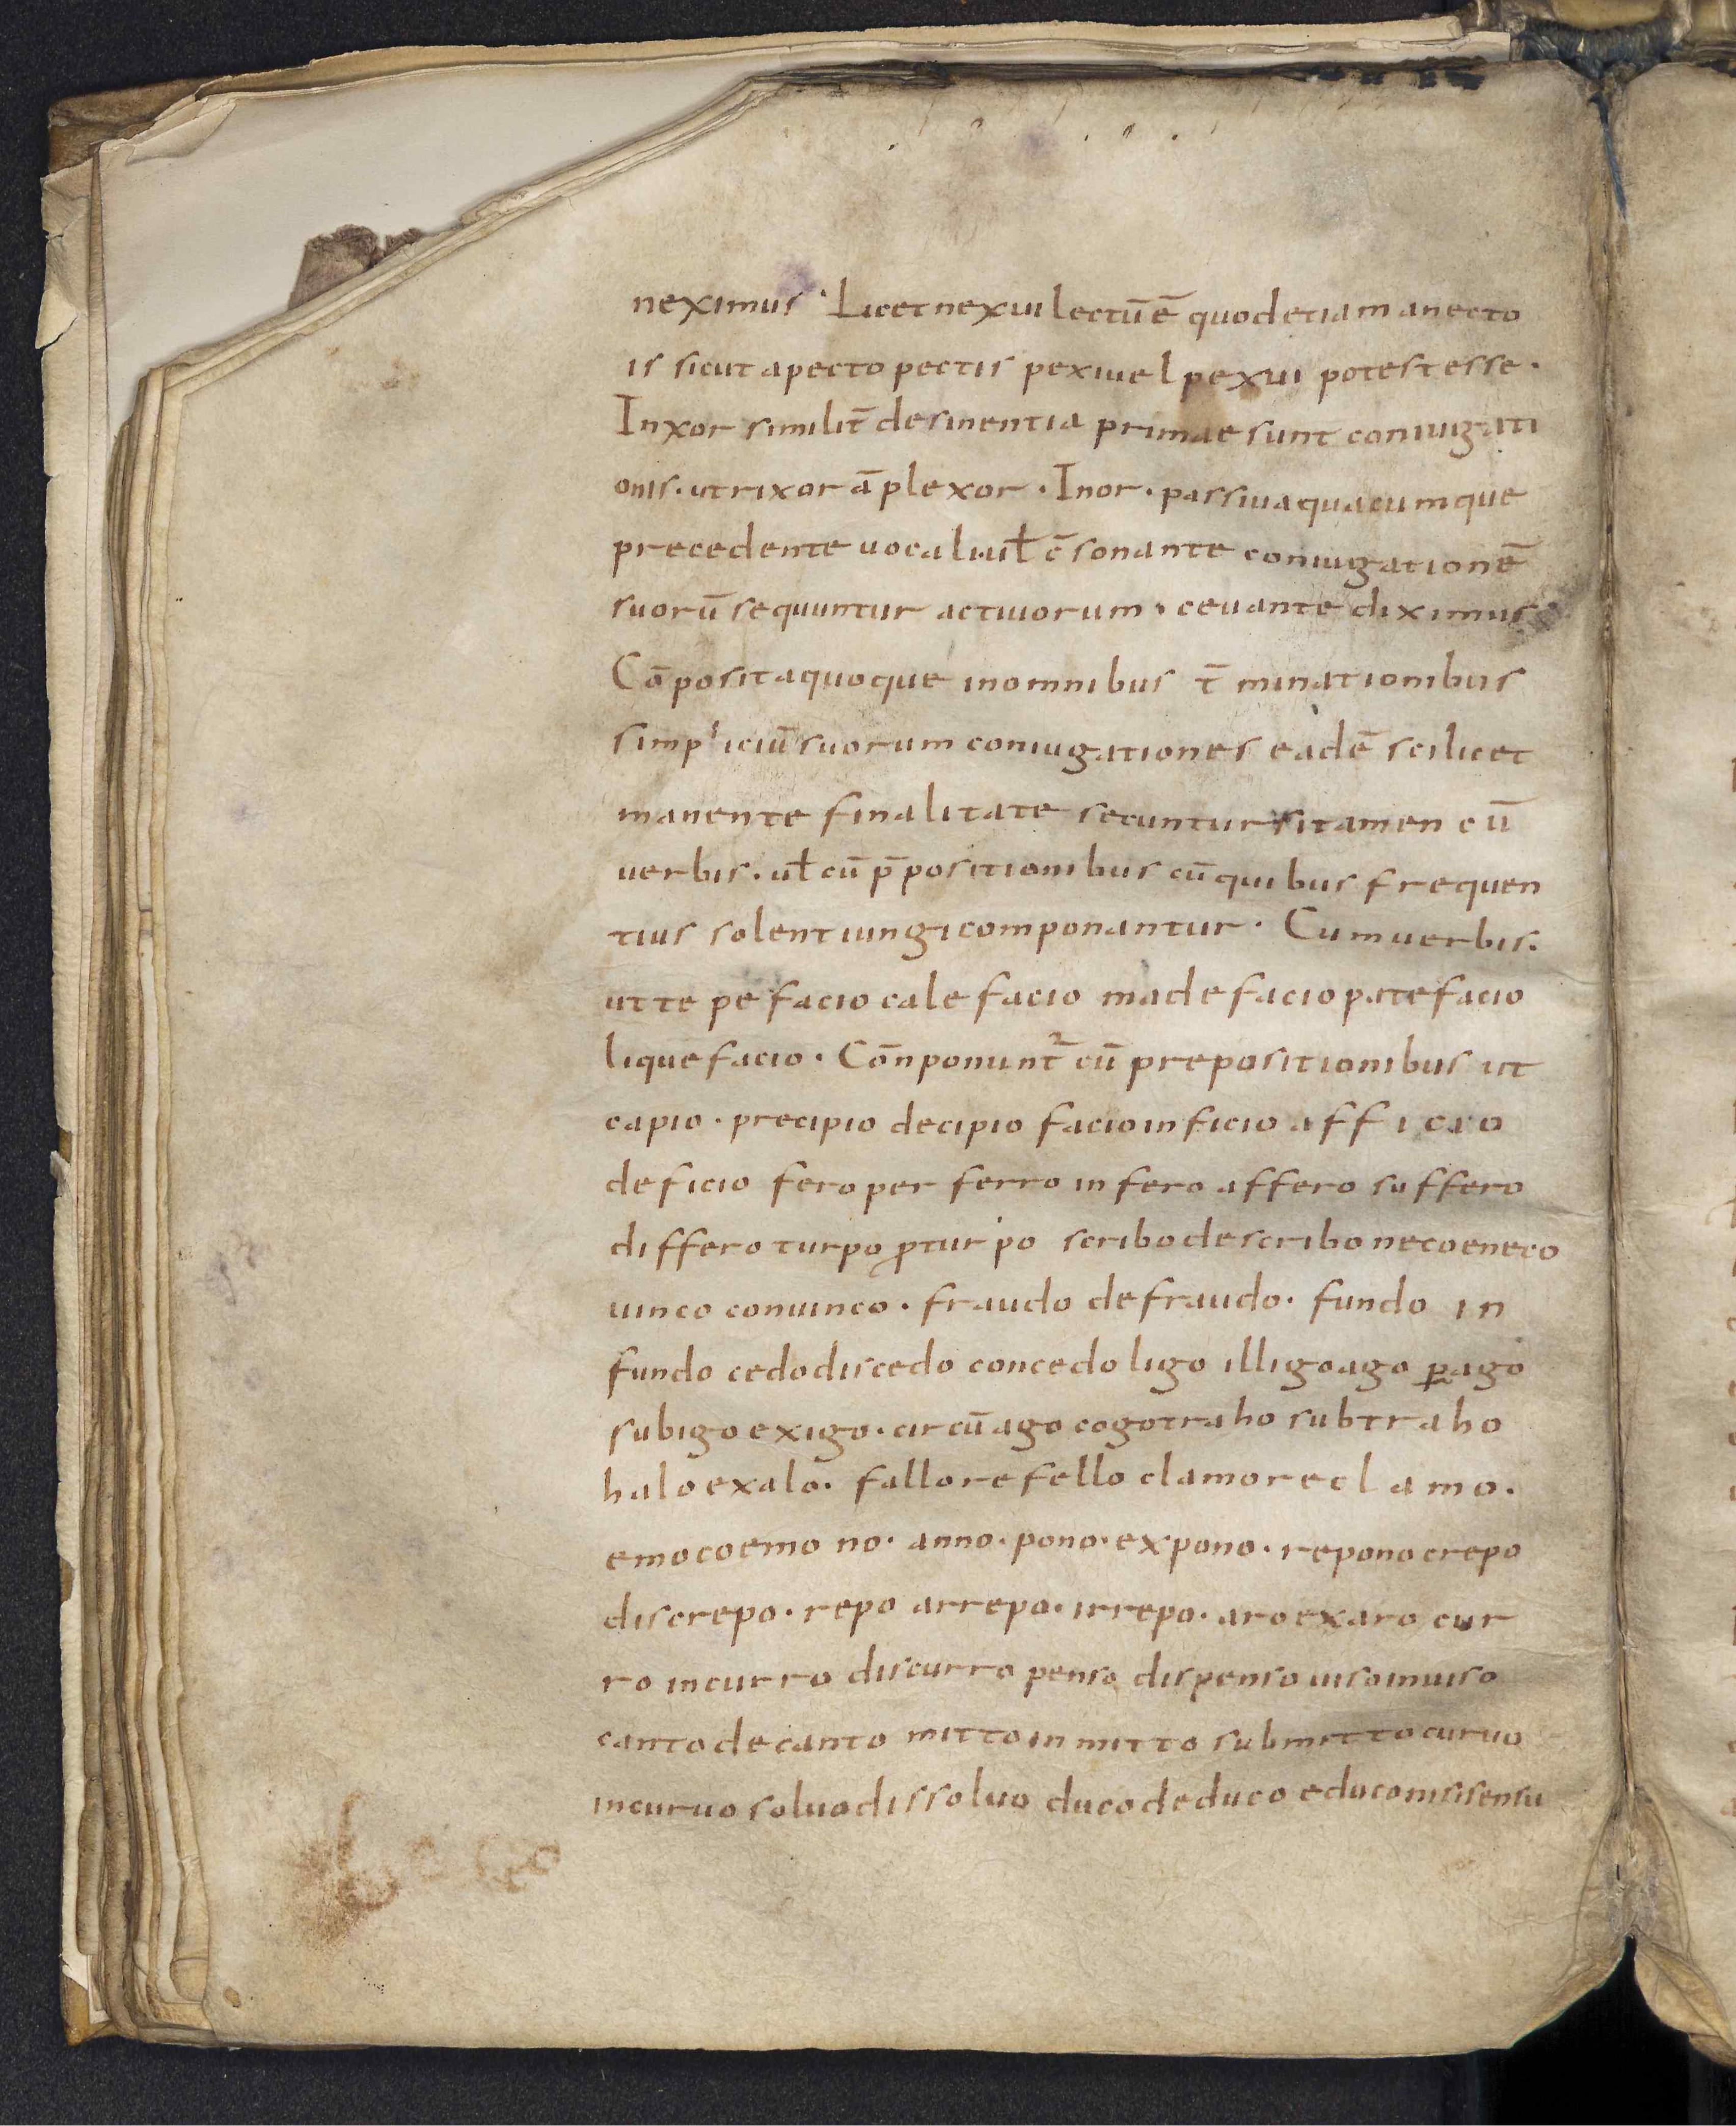
Shelfmark: Leiden, Bibliotheek der Rijksuniversiteit, Voss. Lat. O 41
Century: 9